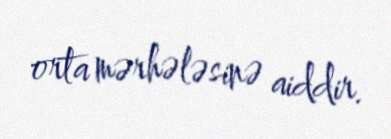
orta mərhələsinə aiddir.